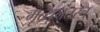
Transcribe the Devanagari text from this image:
मृत्यूनंतरच